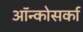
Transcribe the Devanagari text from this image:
ऑन्कोसर्का